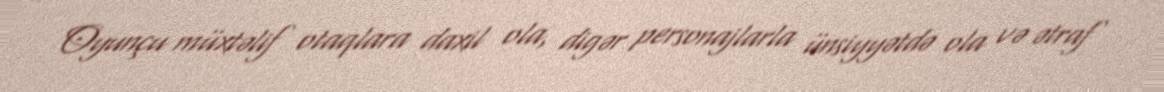
Oyunçu müxtəlif otaqlara daxil ola, digər personajlarla ünsiyyətdə ola və ətraf